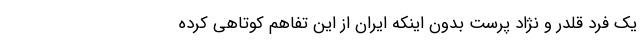
یک فرد قلدر و نژاد پرست بدون اینکه ایران از این تفاهم کوتاهی کرده